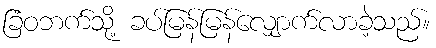
ခြံဝဘက်သို့ ခပ်မြန်မြန်လျှောက်လာခဲ့သည်။